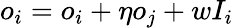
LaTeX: o_{i}=o_{i}+\eta o_{j}+wI_{i}